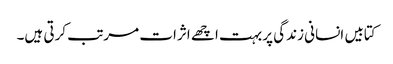
کتابیں انسانی زندگی پر بہت اچھے اثرات مرتب کرتی ہیں۔